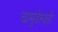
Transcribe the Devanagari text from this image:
चामुंडेस्वरी